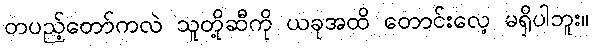
တပည့်တော်ကလဲ သူတို့ဆီကို ယခုအထိ တောင်းလေ့ မရှိပါဘူး။